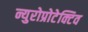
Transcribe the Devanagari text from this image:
न्युरोप्रोटेक्टिव